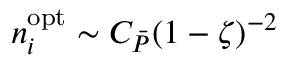
n _ { i } ^ { \mathrm { o p t } } \sim C _ { \bar { P } } ( 1 - \zeta ) ^ { - 2 }